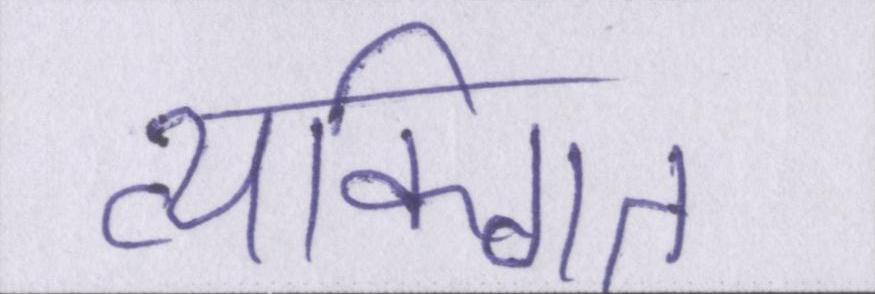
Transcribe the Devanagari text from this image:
व्यक्गित